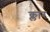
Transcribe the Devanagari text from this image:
क्लार